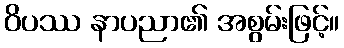
ဝိပဿ နာပညာ၏ အစွမ်းဖြင့်။